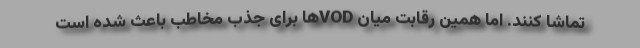
تماشا کنند. اما همین رقابت میان VODها برای جذب مخاطب باعث شده است